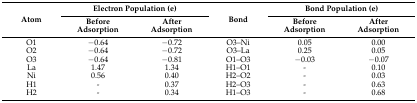
<table><thead><tr><td rowspan="2"><b>Atom</b></td><td colspan="2"><b>Electron Population (e)</b></td><td rowspan="2"><b>Bond</b></td><td colspan="2"><b>Bond Population (e)</b></td></tr><tr><td><b>Before Adsorption</b></td><td><b>After Adsorption</b></td><td><b>Before Adsorption</b></td><td><b>After Adsorption</b></td></tr></thead><tbody><tr><td>O1</td><td>−0.64</td><td>−0.72</td><td>O3–Ni</td><td>0.05</td><td>0.00</td></tr><tr><td>O2</td><td>−0.64</td><td>−0.72</td><td>O3–La</td><td>0.25</td><td>0.05</td></tr><tr><td>O3</td><td>−0.64</td><td>−0.81</td><td>O1–O3</td><td>−0.03</td><td>−0.07</td></tr><tr><td>La</td><td>1.47</td><td>1.34</td><td>H1–O1</td><td>-</td><td>0.10</td></tr><tr><td>Ni</td><td>0.56</td><td>0.40</td><td>H2–O2</td><td>-</td><td>0.03</td></tr><tr><td>H1</td><td>-</td><td>0.37</td><td>H2–O3</td><td>-</td><td>0.63</td></tr><tr><td>H2</td><td>-</td><td>0.34</td><td>H1–O3</td><td>-</td><td>0.68</td></tr></tbody></table>